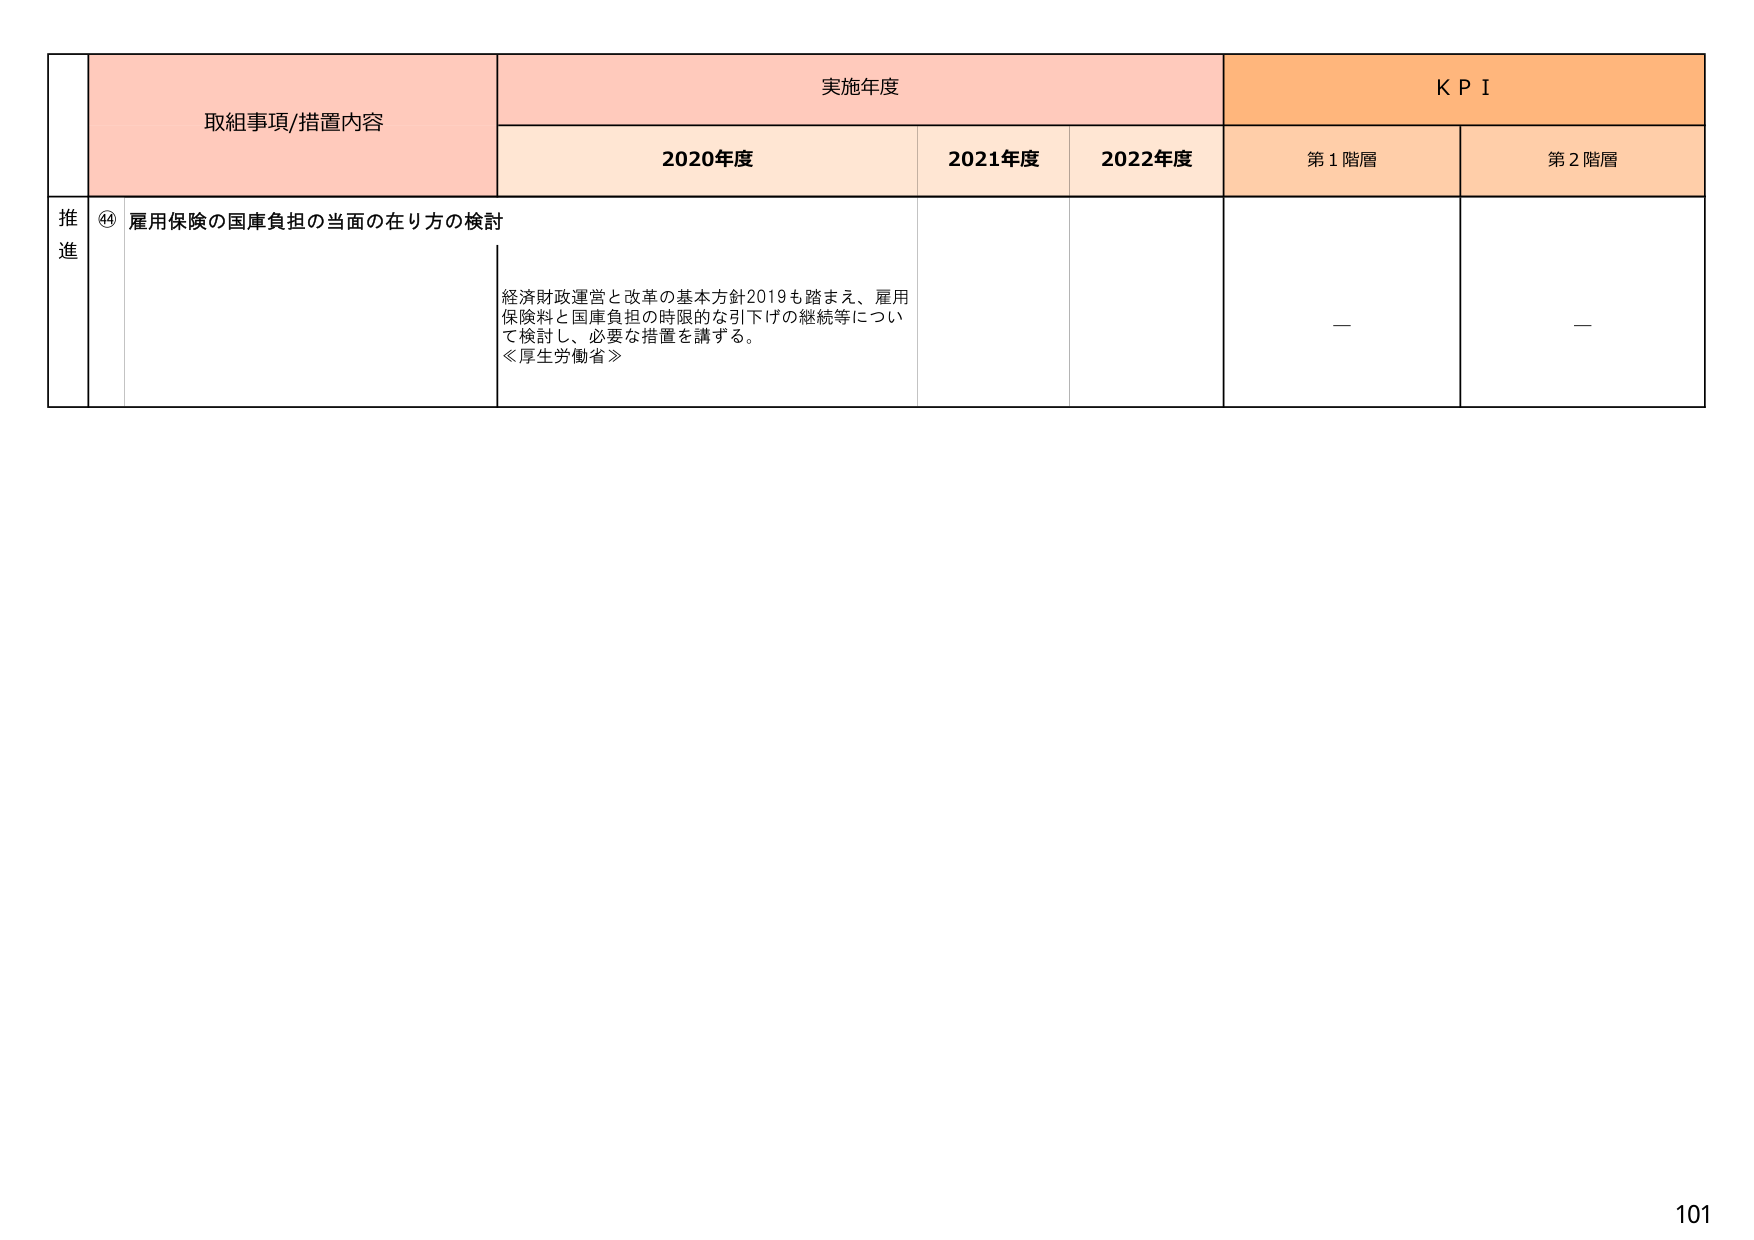
取組事項/措置内容
実施年度
K P I
2020年度
2021年度
2022年度
第1階層
第2階層
推進
⑭ 雇用保険の国庫負担の当面の在り方の検討
経済財政運営と改革の基本方針2019も踏まえ、雇用保険料と国庫負担の時限的な引下げの継続等について検討し、必要な措置を講ずる。
≪厚生労働省≫
—
—
101